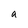
Character: a